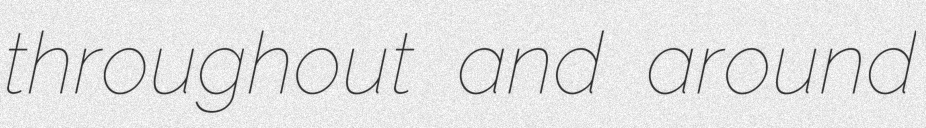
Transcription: throughout and around